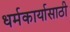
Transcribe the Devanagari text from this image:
धर्मकार्यासाठी